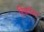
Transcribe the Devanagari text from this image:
रिकाॅल